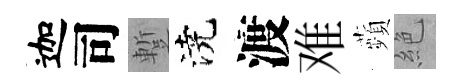
迦司蹔澆渡难蘋絶